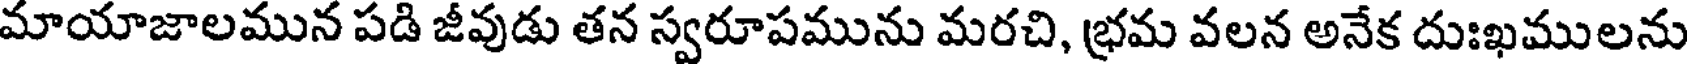
మాయాజాలమున పడి జీవుడు తన స్వరూపమును మరచి, భ్రమ వలన అనేక దుఃఖములను